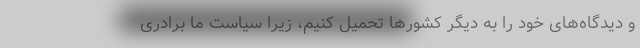
و دیدگاه‌های خود را به دیگر کشورها تحمیل کنیم، زیرا سیاست ما برادری